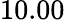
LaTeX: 10.00